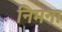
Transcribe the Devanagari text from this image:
निमना